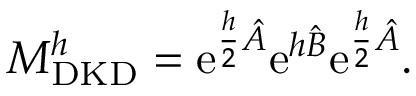
M _ { \mathrm { D K D } } ^ { h } = \mathrm { e } ^ { \frac { h } { 2 } \hat { A } } \mathrm { e } ^ { h \hat { B } } \mathrm { e } ^ { \frac { h } { 2 } \hat { A } } .